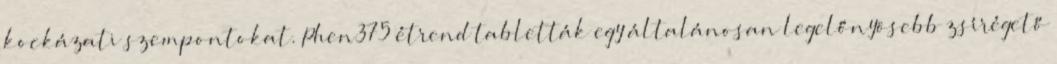
kockázati szempontokat. Phen375 étrend tabletták egy általánosan legelőnyösebb zsírégető